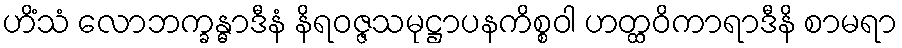
ဟိံသံ လောဘက္ခန္ဓာဒီနံ နိရဝဇ္ဇသမုဋ္ဌာပနကိစ္စဝါ ဟတ္ထဝိကာရာဒီနိ စာမရာ